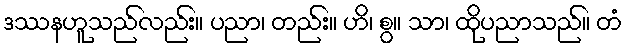
ဒဿနဟူသည်လည်း။ ပညာ၊ တည်း။ ဟိ၊ စွ။ သာ၊ ထိုပညာသည်။ တံ